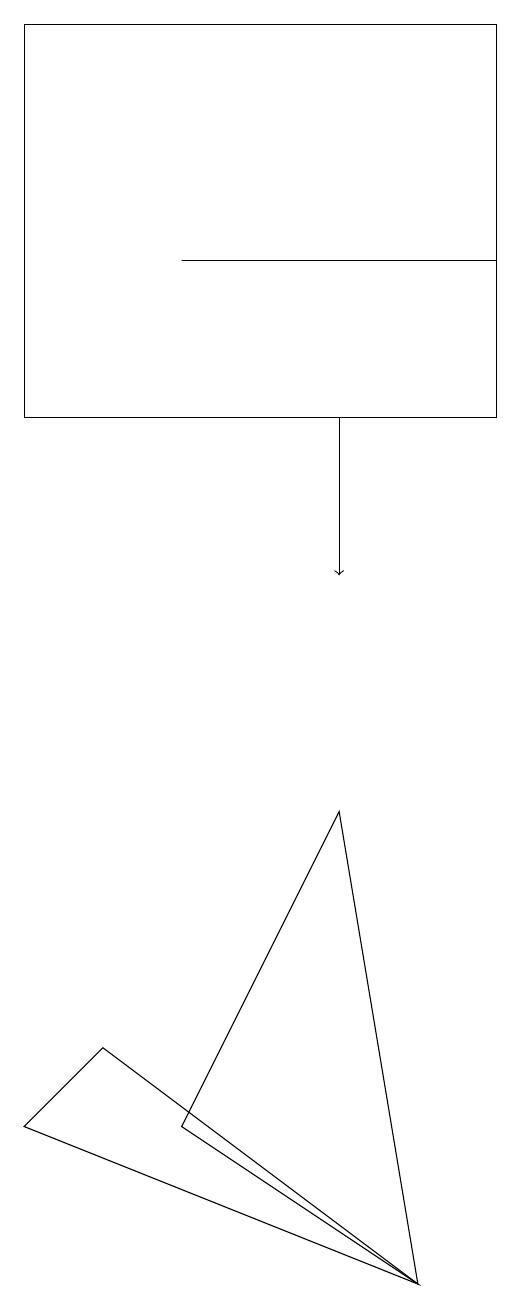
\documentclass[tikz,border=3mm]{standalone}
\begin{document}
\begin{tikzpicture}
\draw (2,3) -- (5,1) -- (4,7) -- cycle;
\draw (2,14) rectangle (6,14);
\draw (5,1) -- (1,4) -- (0,3) -- cycle;
\draw (6,17) rectangle (0,12);
\draw[->] (4,12) -- (4,10);
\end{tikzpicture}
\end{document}